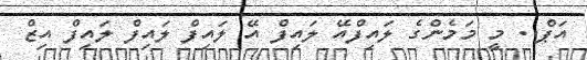
އަޕް.. މީ މަމެންގެ ލައިފްއޭ ލައިފް އޭ ލައިފް ލައިފް ލައިފް އިޒް